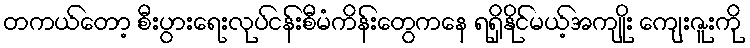
တကယ်တော့ စီးပွားရေးလုပ်ငန်းစီမံကိန်းတွေကနေ ရရှိနိုင်မယ့်အကျိုး ကျေးဇူးကို